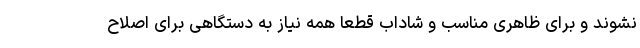
نشوند و برای ظاهری مناسب و شاداب قطعا همه نیاز به دستگاهی برای اصلاح